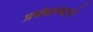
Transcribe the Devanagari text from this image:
प्रबंधाव्दारे